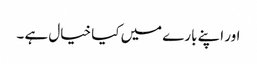
اور اپنے بارے میں کیا خیال ہے ۔